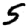
Digit: 5